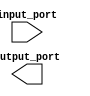
module parameterized_module #(parameter PARAM1 = 8, PARAM2 = 4)(
    input [PARAM1-1:0] input_port,
    output [PARAM2-1:0] output_port
);

//Your desired operation or behavior code here

endmodule